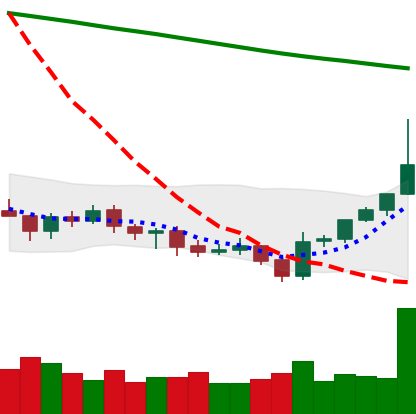
Ticker: BTC-USD
Chart end date: 2021-07-26
Forward return: 11.486%
Label: up_7plus